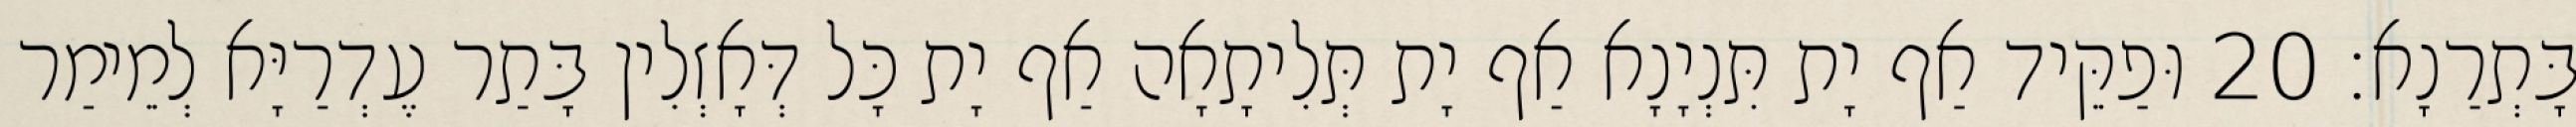
בָּתְרַנָא׃ 20 וּפַקֵּיד אַף יָת תִּנְיָנָא אַף יָת תְּלִיתָאָה אַף יָת כָּל דְּאָזְלִין בָּתַר עֶדְרַיָּא לְמֵימַר